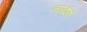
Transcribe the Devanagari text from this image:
नारदीयं